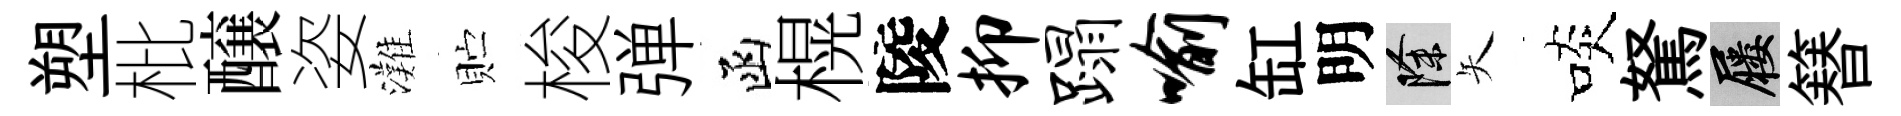
塑枇醸姿灘贮梭弹函榥陵抑蹋喻缸明除矢啖駑屨簮